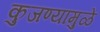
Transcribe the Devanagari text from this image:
कुजण्यामुळे